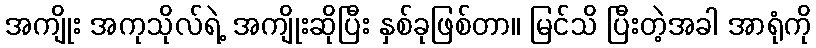
အကျိုး အကုသိုလ်ရဲ့ အကျိုးဆိုပြီး နှစ်ခုဖြစ်တာ။ မြင်သိ ပြီးတဲ့အခါ အာရုံကို